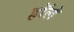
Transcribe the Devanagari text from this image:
हॉलं